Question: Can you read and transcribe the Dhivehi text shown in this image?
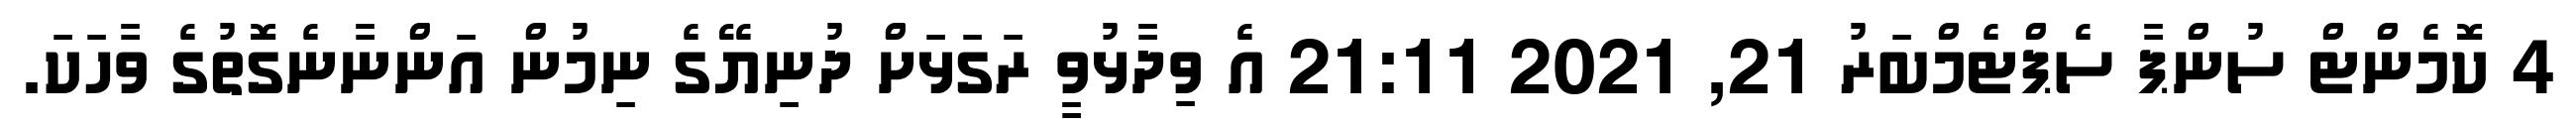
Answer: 4 ކޮމެންޓް ސުންޕާ ސެޕްޓެމްބަރު 21, 2021 21:11 އެ ވިދާޅުވީ ރަގަޅަށް ދުނިޔޭގެ ނިމުން އަންނާނެގޮތުގެ ވާހަކަ.